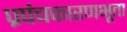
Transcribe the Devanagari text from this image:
प्रपंचकारणभूता